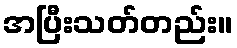
အပြီးသတ်တည်း။